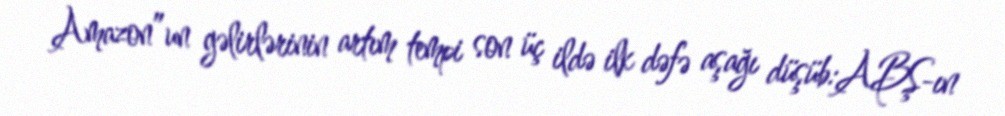
Amazon”un gəlirlərinin artım tempi son üç ildə ilk dəfə aşağı düşüb:ABŞ-ın